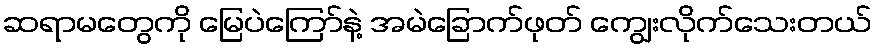
ဆရာမတွေကို မြေပဲကြော်နဲ့ အမဲခြောက်ဖုတ် ကျွေးလိုက်သေးတယ်